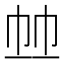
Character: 𢂉